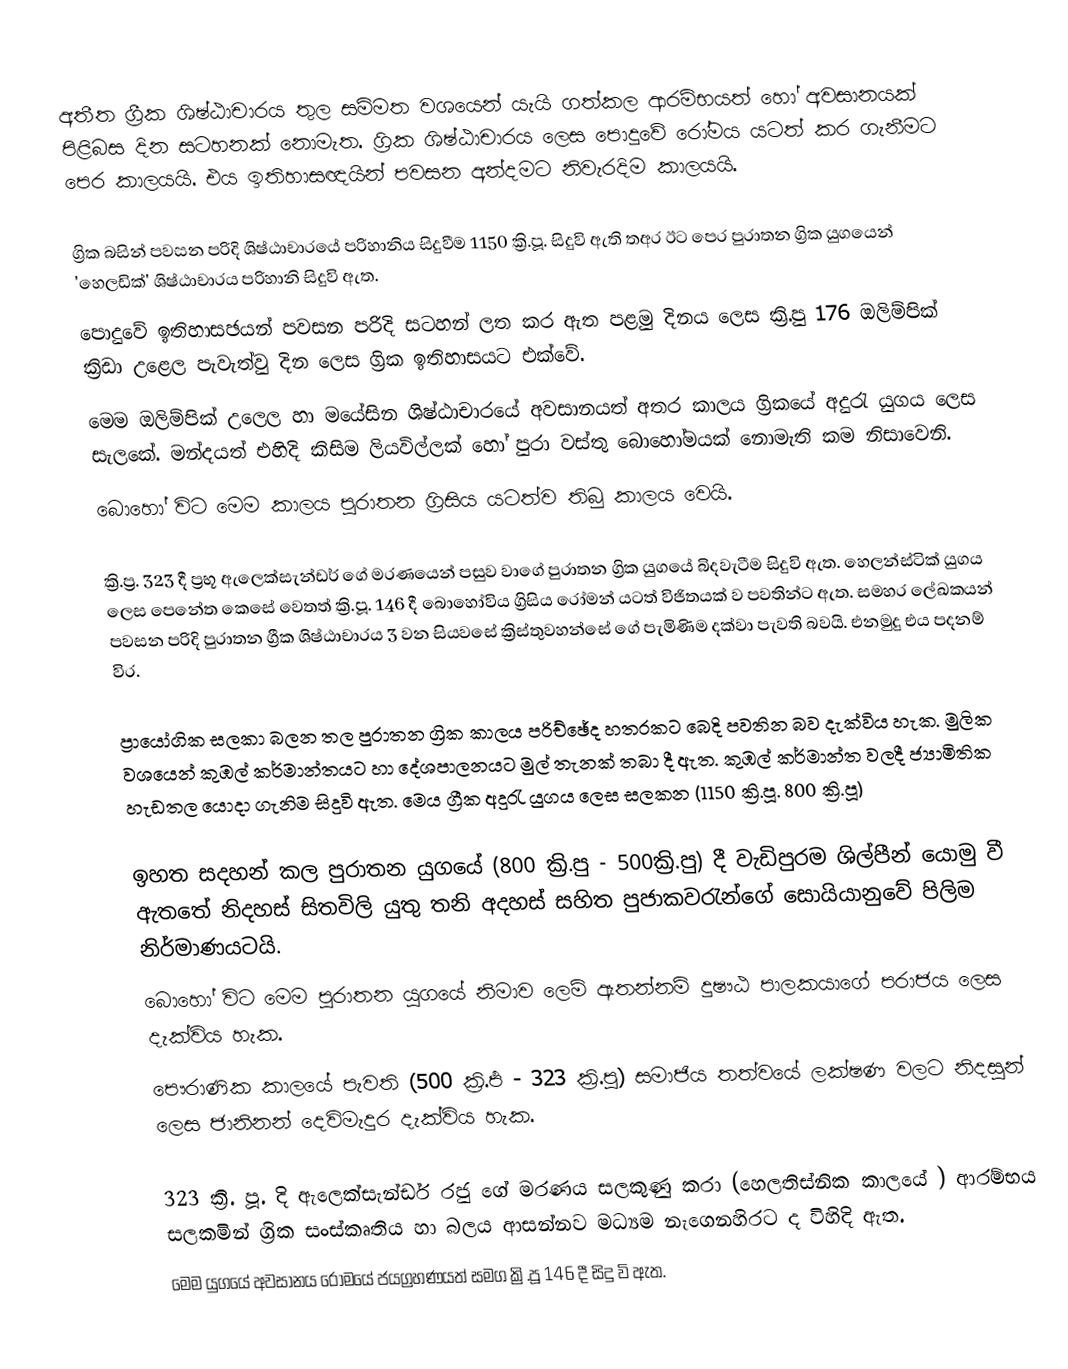
අතීත ග්‍රීක ශිෂ්ඨාචාරය තුල සම්මත වශයෙන් යැයි ගත්කල ආරම්භයත් හෝ අවසානයක් පිළිබස දින සටහනක් නොමැත. ග්‍රික ශිෂ්ඨාචාරය ලෙස පොදුවේ රෝමය යටත් කර ගැනීමට පෙර කාලයයි. එය ඉතිහාසඥයින් පවසන අන්දමට නිවැරදිම කාලයයි.

ග්‍රික බසින් පවසන පරිදි  ශිෂ්ඨාචාරයේ පරිහානිය සිදුවීම 1150 ක්‍රි.පූ. සිදුවි ඇති තඅර ඊට පෙර පුරාතන ග්‍රික යුගයෙන් 'හෙලඩික්' ශිෂ්ඨාචාරය පරිහානි සිදුවි ඇත.
පොදුවේ ඉතිහාසඡයන් පවසන පරිදි සටහන් ලත කර ඇත පළමු දිනය ලෙස ක්‍රි.පු 176 ඔලිම්පික් ක්‍රිඩා උළෙල පැවැත්වු දින ලෙස ග්‍රික ඉතිහාසයට එක්වේ.
මෙම ඔලිම්පික් උලෙල හා  මයේසින ශිෂ්ඨාචාරයේ අවසානයත් අතර කාලය ග්‍රිකයේ අදුරැ යුගය ලෙස සැලකේ. මන්දයත් එහිදි කිසිම ලියවිල්ලක් හෝ පුරා වස්තු බොහෝමයක් නොමැති කම නිසාවෙනි.
බොහෝ විට මෙම කාලය පුරාතන ග්‍රිසිය යටත්ව තිබු කාලය වෙයි.

ක්‍රි.ප්‍ර. 323 දී ප්‍රභූ ඇලෙක්සැන්ඩර් ගේ මරණයෙන් පසුව වාගේ පුරාතන ග්‍රික යුගයේ බිදවැටීම සිදුවි ඇත. හෙලන්ස්ටික් යුගය ලෙස පෙනේත කෙසේ ‍වෙතත් ක්‍රි.පූ. 146 දී බොහෝවිය ග්‍රිසිය රෝමන් යටත් විජිතයක් ව පවතින්ට ඇත. සමහර ලේඛකයන් පවසන පරිදි පුරාතන ග්‍රීක ශිෂ්ඨාචාරය 3 වන සියවසේ ක්‍රිස්තුවහන්සේ ගේ පැමිණිම දක්වා පැවති බවයි. එනමුදු එය පදනම් විර.

ප්‍රායෝගික සලකා බලන තල පුරාතන ග්‍රික කාලය පරිච්ඡේද  හතරකට බෙදි පවතින බව දැක්විය හැක. මුලික වශයෙන් කුඹල් කර්මාන්තයට හා දේශපාලනයට මුල් තැනක් තබා දී ඇත. කුඹල් කර්මාන්ත වලදී ජ්‍යාමිතික හැඩතල යොදා ගැනිම සිදුවි ඇත. මෙය ග්‍රීක අදුරැ යුගය ලෙස සලකන (1150 ක්‍රි.පූ. 800 ක්‍රි.පූ)

ඉහත සදහන් කල පුරාතන යුගයේ (800 ක්‍රි.පු - 500ක්‍රි.පු) දී වැඩිපුරම ශිල්පීන් යොමු වී ඇතතේ නිදහස් සිතවිලි යුතු තනි අදහස් සහිත පුජාකවරැන්ගේ සොයියානුවේ පිලිම නිර්මාණයටයි.
බොහෝ විට මෙම පුරාතන යුගයේ නිමාව ලෙම් ඇතන්නම් දුෂෟඨ පාලකයාගේ පරාජය ලෙස දැක්විය හැක.
පෞරාණික කාලයේ පැවති (500 ක්‍රි.ර්‍ප - 323 ක්‍රි.පු) සමාජිය තත්වයේ ලක්ෂණ වලට නිදසුන් ලෙස ජානිනන් දෙවිමැදුර දැක්විය හැක.

323 ක්‍රි. පූ. දි ඇලෙක්සැන්ඩර් රජු ගේ මරණය සලකුණු කරා (හෙලතිස්නික කාලයේ ) ආරම්භය සලකමින් ග්‍රික සංස්කෘතිය හා බලය ආසන්නව මධ්‍යම නැගෙනහිරට ද විහිදි ඇත.
මෙම යුගයේ අවසානය රෝමයේ ජයග්‍රහණයත් සමග ක්‍රි.පූ 146 දී සිදු වි ඇත.